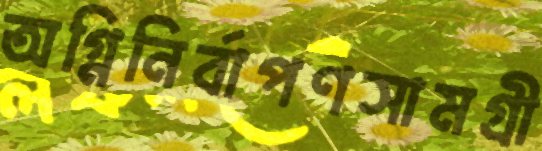
অগ্নিনির্বাপণসামগ্রী